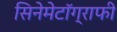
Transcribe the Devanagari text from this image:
सिनेमेटॉग्राफी